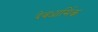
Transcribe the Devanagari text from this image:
देवधार्मिक